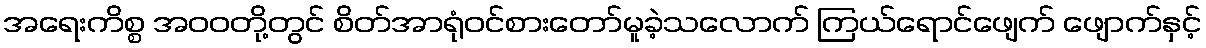
အရေးကိစ္စ အဝဝတို့တွင် စိတ်အာရုံဝင်စားတော်မူခဲ့သလောက် ကြယ်ရောင်ဖျေက် ဖျောက်နှင့်